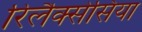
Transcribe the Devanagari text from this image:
रिलैक्सेसिया